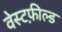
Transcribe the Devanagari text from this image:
वेस्टफ़ील्ड